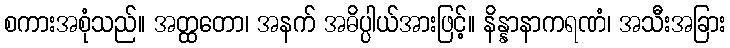
စကားအစုံသည်။ အတ္ထတော၊ အနက် အဓိပ္ပါယ်အားဖြင့်။ နိန္နာနာကရဏံ၊ အသီးအခြား